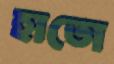
হাতো